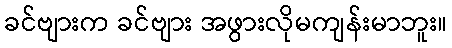
ခင်ဗျားက ခင်ဗျား အဖွားလိုမကျန်းမာဘူး။